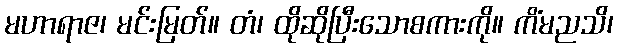
မဟာရာဇ၊ မင်းမြတ်။ တံ၊ ထိုဆိုပြီးသောစကားကို။ ကိံမညသိ၊